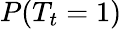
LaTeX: P(T_{t}=1)